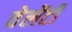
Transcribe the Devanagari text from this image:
वेलेंटी